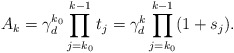
\begin{align*}A_k = \gamma_d^{k_0} \prod_{j = k_0}^{k - 1} t_j = \gamma_d^k \prod_{j = k_0}^{k - 1}(1 + s_j).\end{align*}